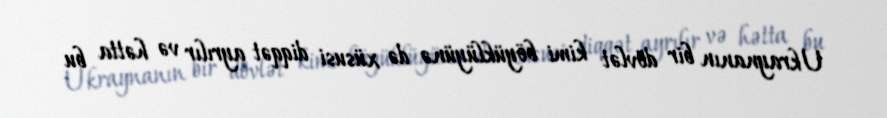
Ukraynanın bir dövlət kimi böyüklüyünə də xüsusi diqqət ayrılır və hətta bu